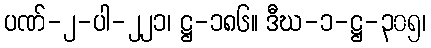
ပဏ်-၂-ပါ-၂၂၁၊ ဋ္ဌ-၁၈၆။ ဒီဃ-၁-ဋ္ဌ-၃၀၅၊